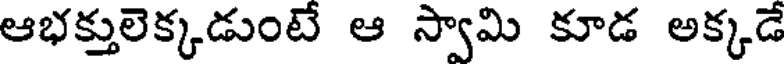
ఆభక్తులెక్కడుంటే ఆ స్వామి కూడ అక్కడే